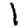
Digit: 1